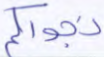
نجواكم